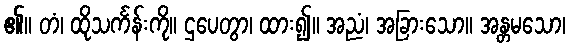
၏။ တံ၊ ထိုသင်္ကန်းကို။ ဌပေတွာ၊ ထား၍။ အညံ၊ အခြားသော။ အန္တမသော၊